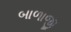
બાળાજી